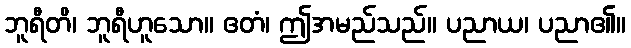
ဘူရီတိ၊ ဘူရီဟူသော။ ဧတံ၊ ဤအမည်သည်။ ပညာယ၊ ပညာ၏။